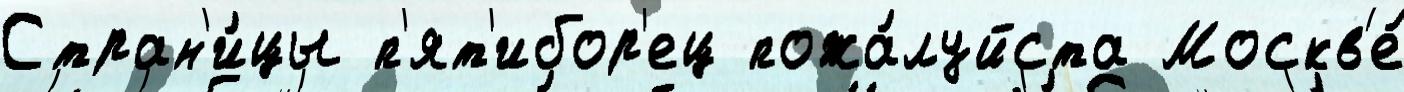
Стран'и́цы п'ят'ибор'ец пожа́луйста Москв'е́